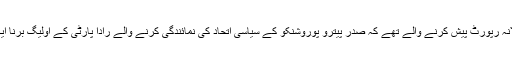
وزیر اعظم یاسینوک حکومت کے کارگزاری کی سالانہ رپورٹ پیش کرنے والے تھے کہ صدر پیترو پوروشنکو کے سیاسی اتحاد کی نمائندگی کرنے والے رادا پارٹی کے اولیگ برنا ایک خوبصورت گلدستے کے ساتھ ان کی جانب بڑھے۔